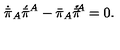
\dot { \bar { \pi } } _ { A } \acute { \bar { \pi } } { } ^ { A } - \bar { \pi } _ { A } \bar { \pi } \! \! \dot { \vphantom { \bar { \pi } } } \acute { \vphantom { \bar { \pi } } } { } ^ { A } = 0 .